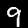
Digit: 9